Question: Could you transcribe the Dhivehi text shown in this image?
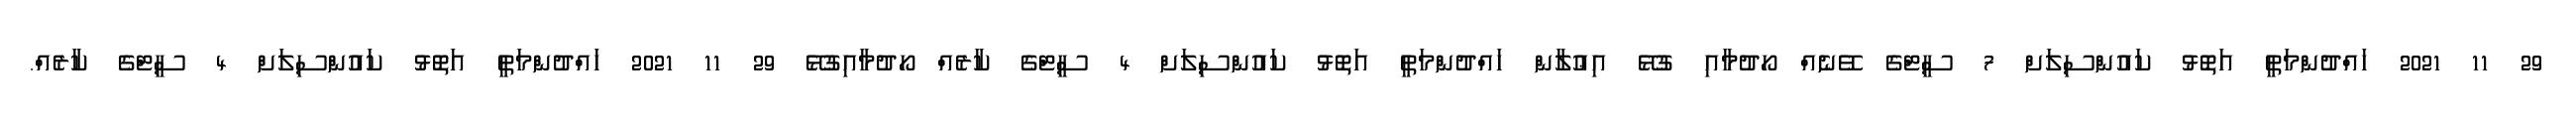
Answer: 29 11 2021 ހައްދުންމަތީ އަތޮޅު ކައުންސިލަށް 7 ސީޓްގެ ވޭނެއް ހޯދުމާއި ގުޅޭ އިޢުލާން ހައްދުންމަތީ އަތޮޅު ކައުންސިލަށް 4 ސީޓްގެ ކާރެއް ހޯދުމާއިގުޅޭ 29 11 2021 ހައްދުންމަތީ އަތޮޅު ކައުންސިލަށް 4 ސީޓްގެ ކާރެއް.